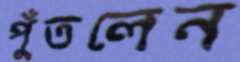
পুঁতলেন